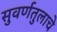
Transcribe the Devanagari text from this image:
सुवर्णतुलाचे